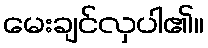
မေးချင်လှပါ၏။